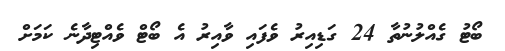
ބޯޓު ގެއްލުނުތާ 24 ގަޑިއިރު ވެފައި ވާއިރު އެ ބޯޓް ވެއްޓިދާނެ ކަމަށް